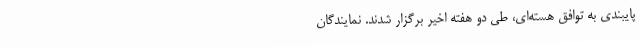
پایبندی به توافق هسته‌ای، طی دو هفته اخیر برگزار شدند. نمایندگان